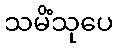
သမိံသုပေ